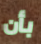
بأن